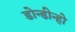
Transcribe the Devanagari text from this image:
डोन्डीन्हो